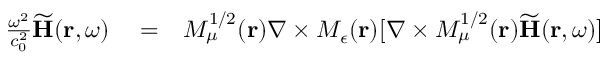
\begin{array} { r l r } { \frac { \omega ^ { 2 } } { c _ { 0 } ^ { 2 } } \widetilde { \bf H } ( { \bf r } , \omega ) } & { { } = } & { M _ { \mu } ^ { 1 / 2 } ( { \bf r } ) \nabla \times M _ { \epsilon } ( { \bf r } ) [ \nabla \times M _ { \mu } ^ { 1 / 2 } ( { \bf r } ) \widetilde { \bf H } ( { \bf r } , \omega ) ] } \end{array}